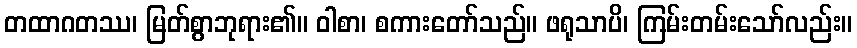
တထာဂတဿ၊ မြတ်စွာဘုရား၏။ ဝါစာ၊ စကားတော်သည်။ ဖရုသာပိ၊ ကြမ်းတမ်းသော်လည်း။